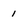
Character: 1